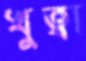
খুত্বা